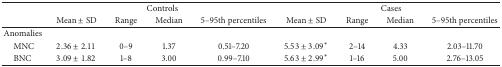
<table><thead><tr><td><b> </b></td><td colspan="4"><b> Controls</b></td><td colspan="4"><b> Cases</b></td></tr><tr><td><b> </b></td><td><b>Mean ± SD</b></td><td><b>Range</b></td><td><b>Median</b></td><td><b>5–95th percentiles</b></td><td><b>Mean ± SD</b></td><td><b>Range</b></td><td><b>Median</b></td><td><b>5–95th percentiles</b></td></tr></thead><tbody><tr><td>Anomalies</td><td> </td><td> </td><td> </td><td> </td><td> </td><td> </td><td> </td><td> </td></tr><tr><td> MNC</td><td>2.36 ± 2.11</td><td>0–9</td><td>1.37</td><td>0.51–7.20</td><td>5.53 ± 3.09*</td><td>2–14</td><td>4.33</td><td>2.03–11.70</td></tr><tr><td> BNC</td><td>3.09 ± 1.82</td><td>1–8</td><td>3.00</td><td>0.99–7.10</td><td>5.63 ± 2.99*</td><td>1–16</td><td>5.00</td><td>2.76–13.05</td></tr></tbody></table>